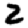
Digit: 2